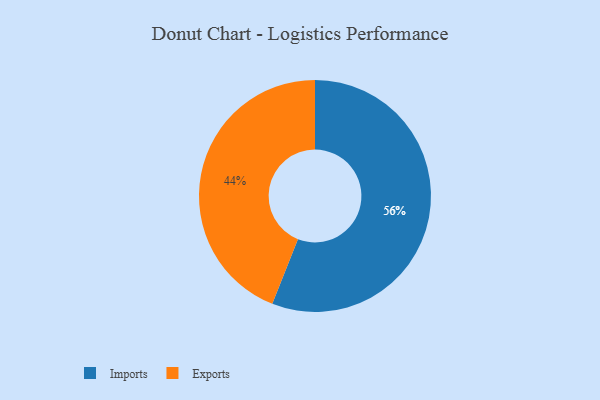
{"axis": {"x": "Category", "y": "Percentage"}, "legend": ["Exports", "Imports"], "data": [{"x": "Imports", "y": 56, "type": "Imports"}, {"x": "Exports", "y": 44, "type": "Exports"}]}